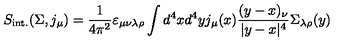
S _ { \mathrm { i n t . } } ( \Sigma , j _ { \mu } ) = \frac { 1 } { 4 \pi ^ { 2 } } \varepsilon _ { \mu \nu \lambda \rho } \int d ^ { 4 } x d ^ { 4 } y j _ { \mu } ( x ) \frac { ( y - x ) _ { \nu } } { | y - x | ^ { 4 } } \Sigma _ { \lambda \rho } ( y )